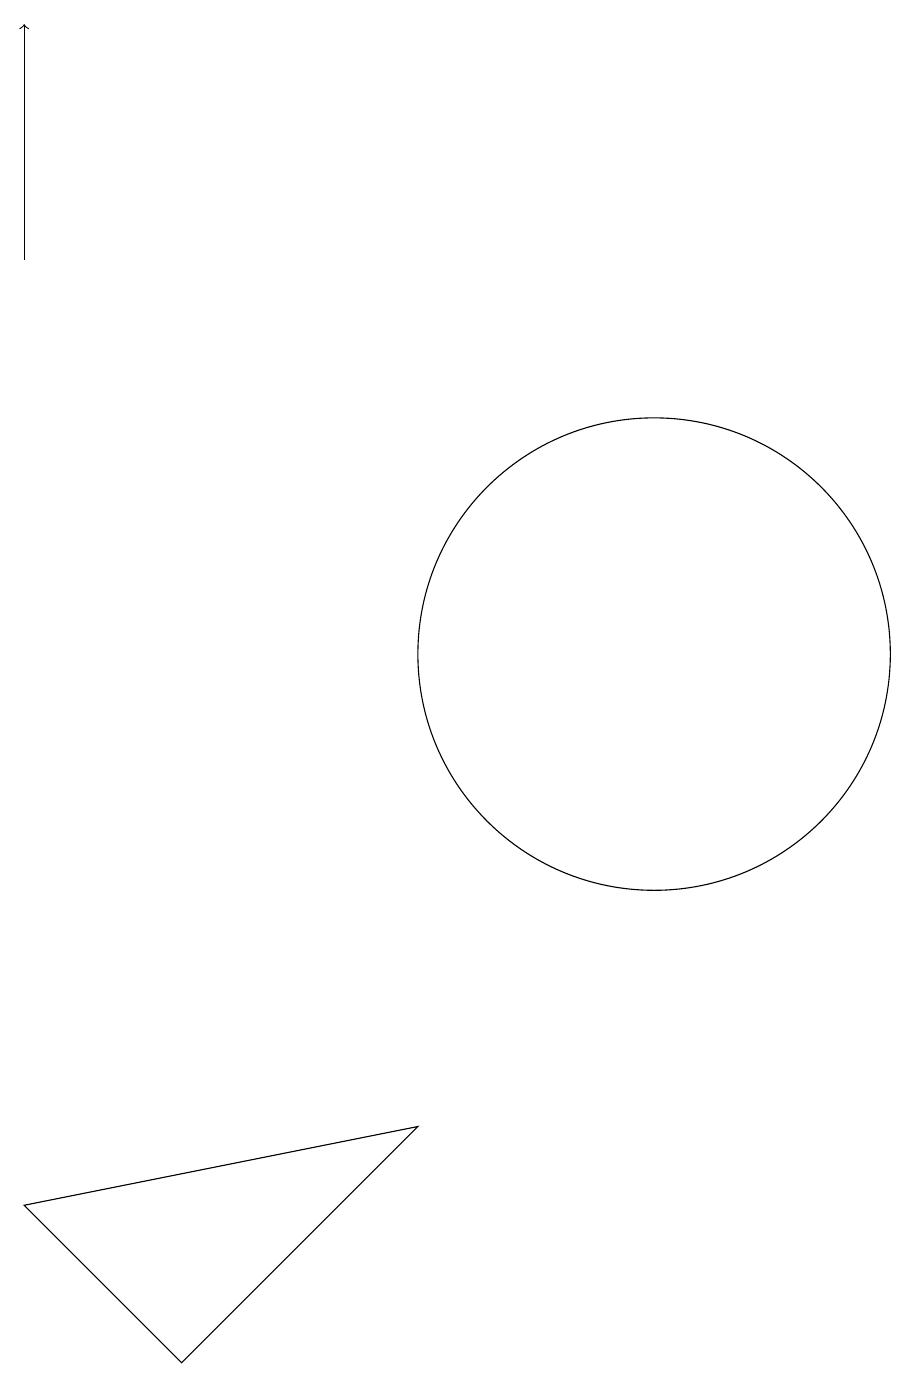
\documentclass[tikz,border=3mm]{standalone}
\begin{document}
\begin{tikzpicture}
\draw (11,10) circle (3);
\draw[->] (3,15) -- (3,18);
\draw (3,3) -- (5,1) -- (8,4) -- cycle;
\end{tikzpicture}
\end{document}